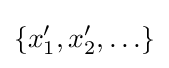
\left\{x_{1}^{\prime },x_{2}^{\prime },\ldots \right\}